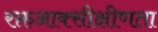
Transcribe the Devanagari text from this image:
रक्तआक्सीक्षीणता